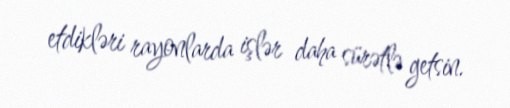
etdikləri rayonlarda işlər daha sürətlə getsin.